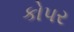
કોપર